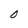
Character: O